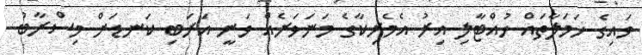
ވައިގެ ހަމަލާތައް ހުއްޓާލި އިރު އެމެރިކާގެ މަނަވަރެއް ވަނީ އަރަބި ކަނޑަށް މިސްރާބު